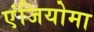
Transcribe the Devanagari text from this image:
एंजियोमा